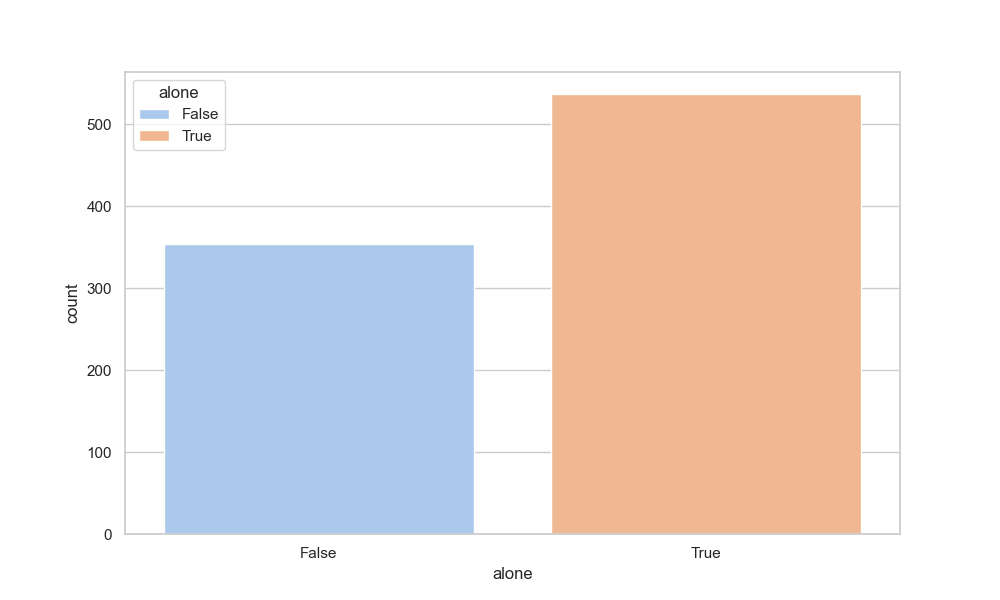
python, seaborn, countplot, x='alone', palette='pastel', hue='alone'